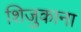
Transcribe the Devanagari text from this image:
शिजुकाना